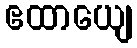
ဧထာယျေ